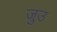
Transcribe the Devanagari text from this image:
जुउ